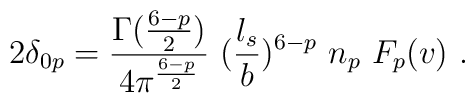
2\delta_{0p} = {\Gamma({6-p\over 2})\over 4\pi^{6-p\over 2}}~ ({l_s\over b})^{6-p}~n_p~F_p (v)~.